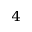
^ 4